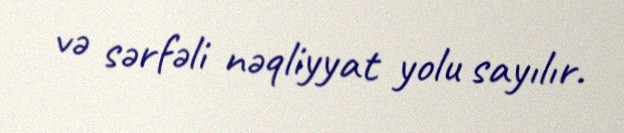
və sərfəli nəqliyyat yolu sayılır.